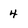
Character: 4